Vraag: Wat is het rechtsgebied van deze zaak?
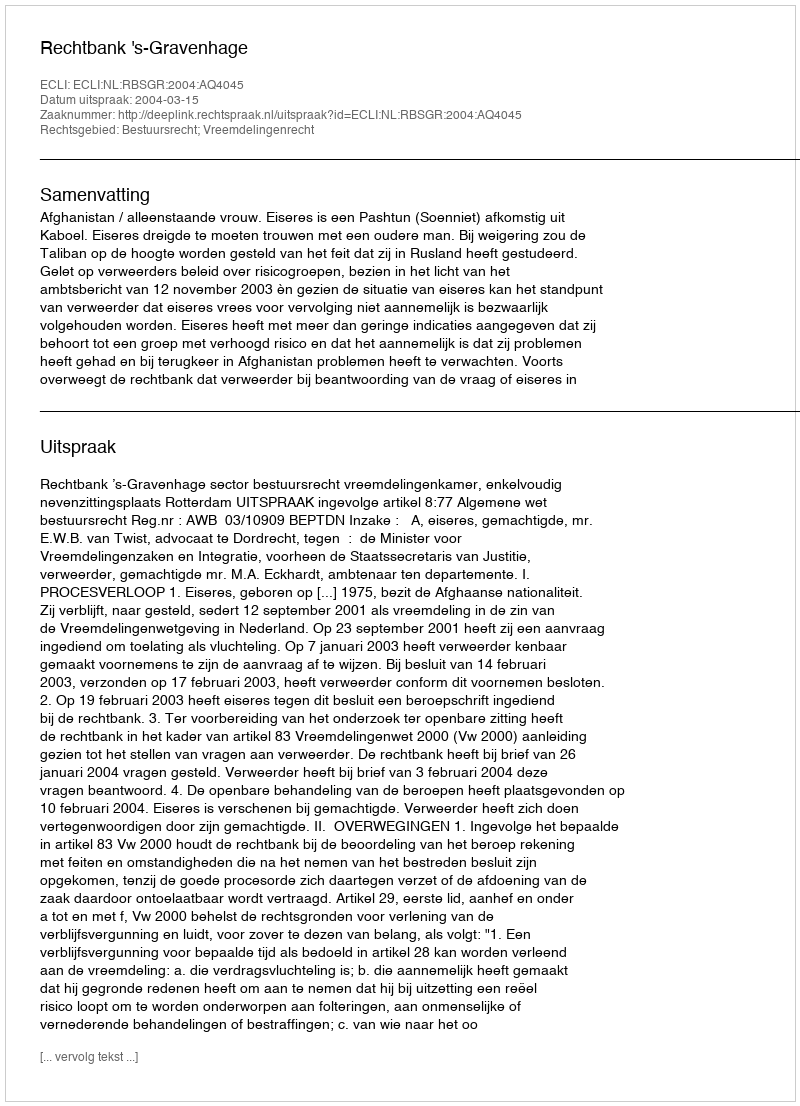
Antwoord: Bestuursrecht; Vreemdelingenrecht